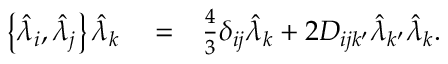
\begin{array} { r l r } { \left\{ \hat { \lambda } _ { i } , \hat { \lambda } _ { j } \right\} \hat { \lambda } _ { k } } & { { } = } & { \frac { 4 } { 3 } \delta _ { i j } \hat { \lambda } _ { k } + 2 D _ { i j k ^ { \prime } } \hat { \lambda } _ { k ^ { \prime } } \hat { \lambda } _ { k } . } \end{array}